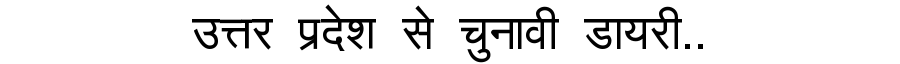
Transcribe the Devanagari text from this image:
उत्तर प्रदेश से चुनावी डायरी..